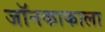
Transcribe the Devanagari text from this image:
जॉनकाकाला